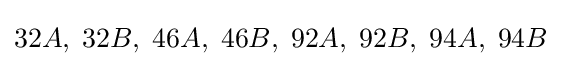
32A,\;32B,\;46A,\;46B,\;92A,\;92B,\;94A,\;94B\;